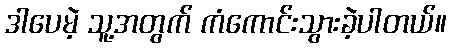
ဒါပေမဲ့ သူ့အတွက် ကံကောင်းသွားခဲ့ပါတယ်။